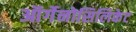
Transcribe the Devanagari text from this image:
ऑर्गेनोसिलिकेट